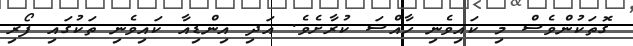
ގޮތަކުންވެސް މި ކައިވެނި ހާއްސަ ކުރާށެވެ. އަދި އިންޑިއާ ކައިވެނި ތަކުގައި ފޯރި